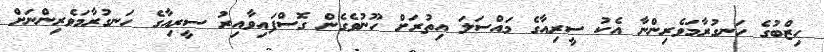
ހިޒްބުގެ ހަނގުރާމަވެރިންނާ އެކު ސީރިއާގެ މައްސަލަ އިތުރަށް ހޫނުވެގެން ގޮސްފައިވާއިރު ސީރިއާގެ ހަނގުރާމަވެރިންނަށް